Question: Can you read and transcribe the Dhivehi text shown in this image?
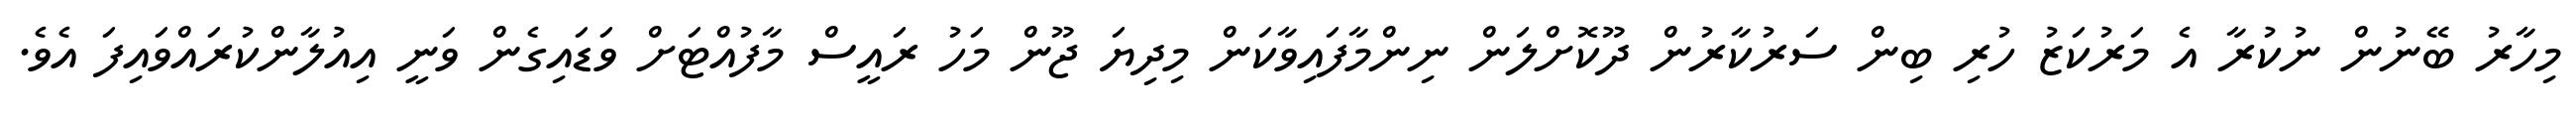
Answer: މިހާރު ބޭނުން ނުކުރާ އެ މަރުކަޒު ހުރި ބިން ސަރުކާރުން ދޫކޮށްލަން ނިންމާފައިވާކަން މިދިޔަ ޖޫން މަހު ރައީސް މާފުއްޓަށް ވަޑައިގެން ވަނީ އިއުލާންކުރައްވައިފަ އެވެ.